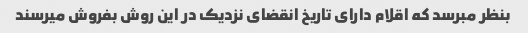
بنظر مبرسد که اقلام دارای تاریخ انقضای نزدیک در این روش بفروش میرسند